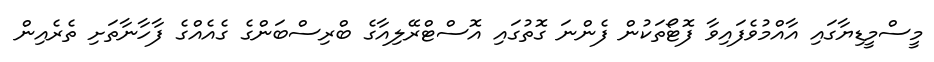
މީސްމީޑިޔާގައި އާއްމުވެފައިވާ ފޮޓޯތަކުން ފެންނަ ގޮތުގައި އޮސްޓްރޭލިއާގެ ބްރިސްބަންގެ ގެއެއްގެ ފާހާނާތަށި ތެރެއިން